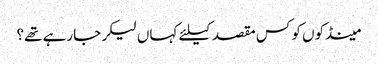
﻿ مینڈکوں کو کس مقصد کیلئے کہاں لیکر جارہے تھے؟